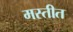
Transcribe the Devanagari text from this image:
मस्तीत